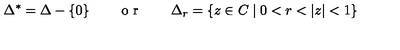
\Delta ^ { * } = \Delta - \{ 0 \} \qquad \textrm { o r } \qquad \Delta _ { r } = \{ z \in C \mid 0 < r < | z | < 1 \}